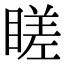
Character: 䁟